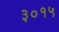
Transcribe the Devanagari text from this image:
३०१५